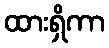
ထားရှိကာ